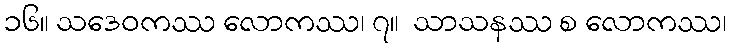
၁၆။ သဒေဝကဿ လောကဿ၊ ၇။  သာသနဿ စ လောကဿ၊